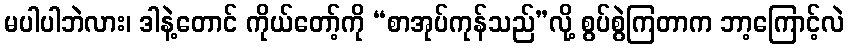
မပါပါဘဲလား၊ ဒါနဲ့တောင် ကိုယ်တော့်ကို “စာအုပ်ကုန်သည်”လို့ စွပ်စွဲကြတာက ဘာ့ကြောင့်လဲ